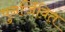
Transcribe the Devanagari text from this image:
पुनर्जिवित